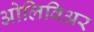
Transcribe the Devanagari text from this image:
ओलिविअर